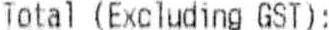
TOTAL (EXCLUDING GST):